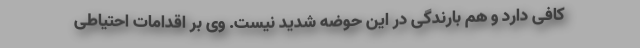
کافی دارد و هم بارندگی در این حوضه شدید نیست. وی بر اقدامات احتیاطی